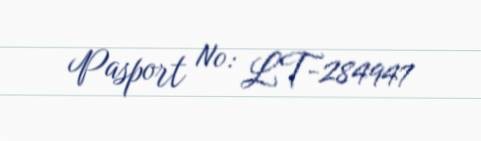
Pasport №: LT-284947